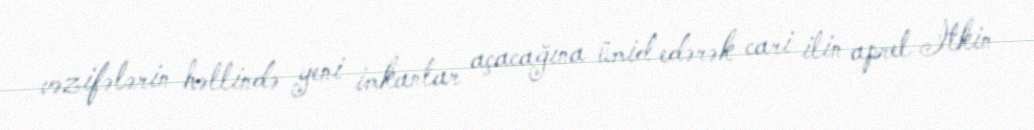
vəzifələrin həllində yeni imkanlar açacağına ümid edərək cari ilin aprel İtkin